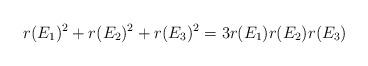
LaTeX: \begin{align*} r(E_1)^2+r(E_2)^2+r(E_3)^2= 3 r(E_1) r(E_2) r(E_3)\end{align*}